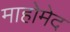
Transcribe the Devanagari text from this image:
माहोमेद